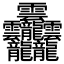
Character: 𱁬